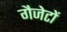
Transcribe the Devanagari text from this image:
गैजेटों